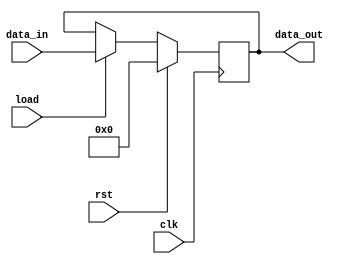
module register #(parameter WIDTH = 8) (
  input      [WIDTH-1:0] data_in ,
  input                  load, clk, rst,
  output reg [WIDTH-1:0] data_out
);

  always @(posedge clk ) begin
    if (rst) begin
      data_out = 0;
    end
    else begin
      data_out <= load ? data_in : data_out;
    end
  end



endmodule